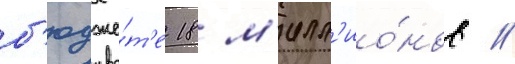
б'юдже́т'е 18 м'илл'ио́нов //